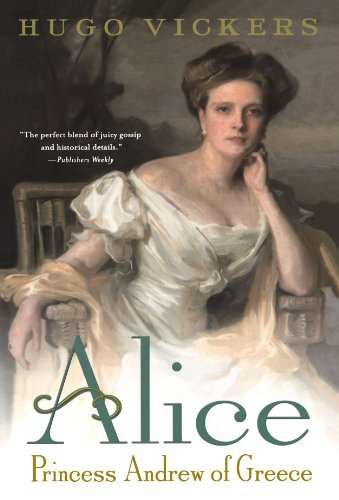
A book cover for Alice: Princess Andrew of Greece; Hugo Vickers; Biographies & Memoirs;